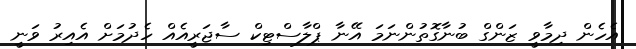
އެހެން ދިމާވީ ޒަންގް ބުނާގޮތުންނަމަ އޭނާ ޕްލާސްޓިކް ސާޖަރީއެއް ހެދުމަށް އެއިރު ވަނީ